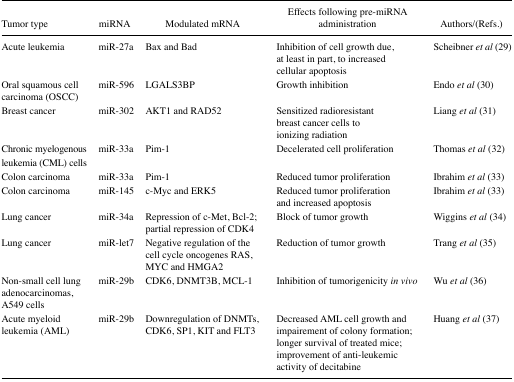
| Tumor type | miRNA | Modulated mRNA | Effects following pre-miRNA administration | Authors/(Refs.) |
 | --- | --- | --- | --- | --- |
 | Acute leukemia | miR-27a | Bax and Bad | Inhibition of cell growth due, at least in part, to increased cellular apoptosis | Scheibner et al(29) |
 | Oral squamous cell carcinoma (OSCC) | miR-596 | LGALS3BP | Growth inhibition | Endo et al(30) |
 | Breast cancer | miR-302 | AKT1 and RAD52 | Sensitized radioresistant breast cancer cells to ionizing radiation | Liang et al(31) |
 | Chronic myelogenous leukemia (CML) cells | miR-33a | Pim-1 | Decelerated cell proliferation | Thomas et al(32) |
 | Colon carcinoma | miR-33a | Pim-1 | Reduced tumor proliferation | Ibrahim et al(33) |
 | Colon carcinoma | miR-145 | c-Myc and ERK5 | Reduced tumor proliferation and increased apoptosis | Ibrahim et al(33) |
 | Lung cancer | miR-34a | Repression of c-Met, Bcl-2; partial repression of CDK4 | Block of tumor growth | Wiggins et al(34) |
 | Lung cancer | miR-let7 | Negative regulation of the cell cycle oncogenes RAS, MYC and HMGA2 | Reduction of tumor growth | Trang et al(35) |
 | Non-small cell lung adenocarcinomas, A549 cells | miR-29b | CDK6, DNMT3B, MCL-1 | Inhibition of tumorigenicity in vivo | Wu et al(36) |
 | Acute myeloid leukemia (AML) | miR-29b | Downregulation of DNMTs, CDK6, SP1, KIT and FLT3 | Decreased AML cell growth and impairement of colony formation; longer survival of treated mice; improvement of anti-leukemic activity of decitabine | Huang et al(37) |